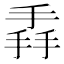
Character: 掱